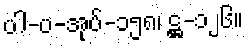
ပါ-ပ-အုပ်-၁၅၈၊ ဋ္ဌ-၁၂၆။